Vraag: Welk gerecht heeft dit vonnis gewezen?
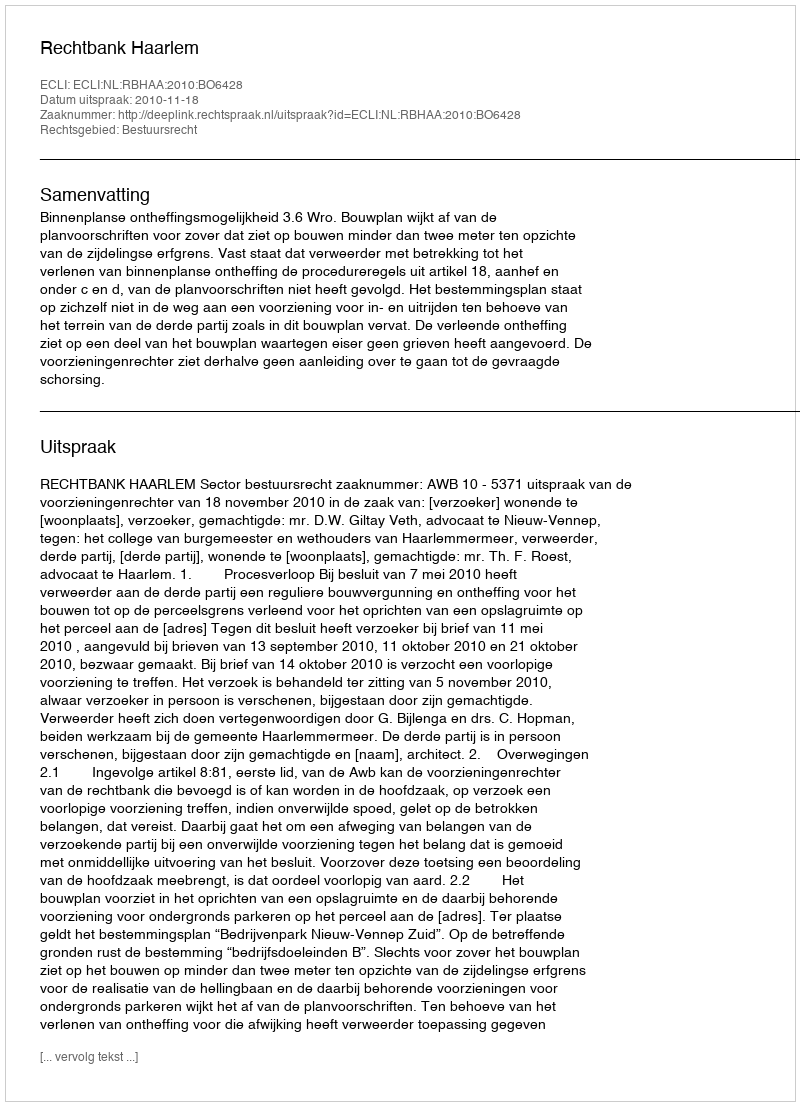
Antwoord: Rechtbank Haarlem